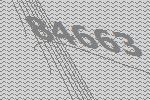
84663